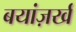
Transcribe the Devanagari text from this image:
बयांज़र्ख